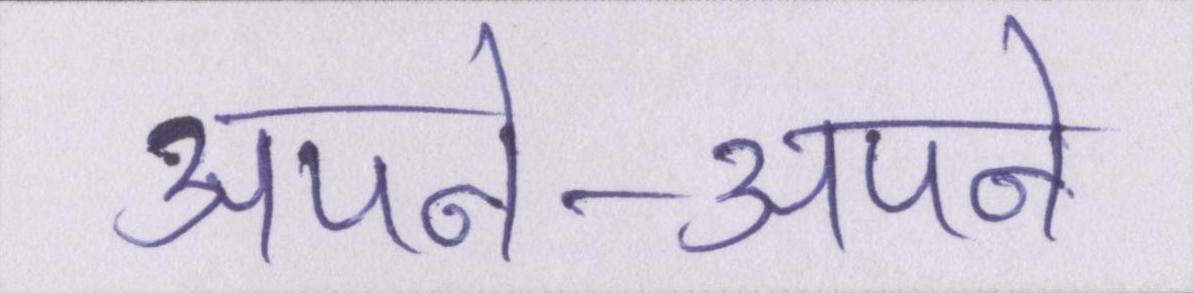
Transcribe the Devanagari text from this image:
अपने-अपने